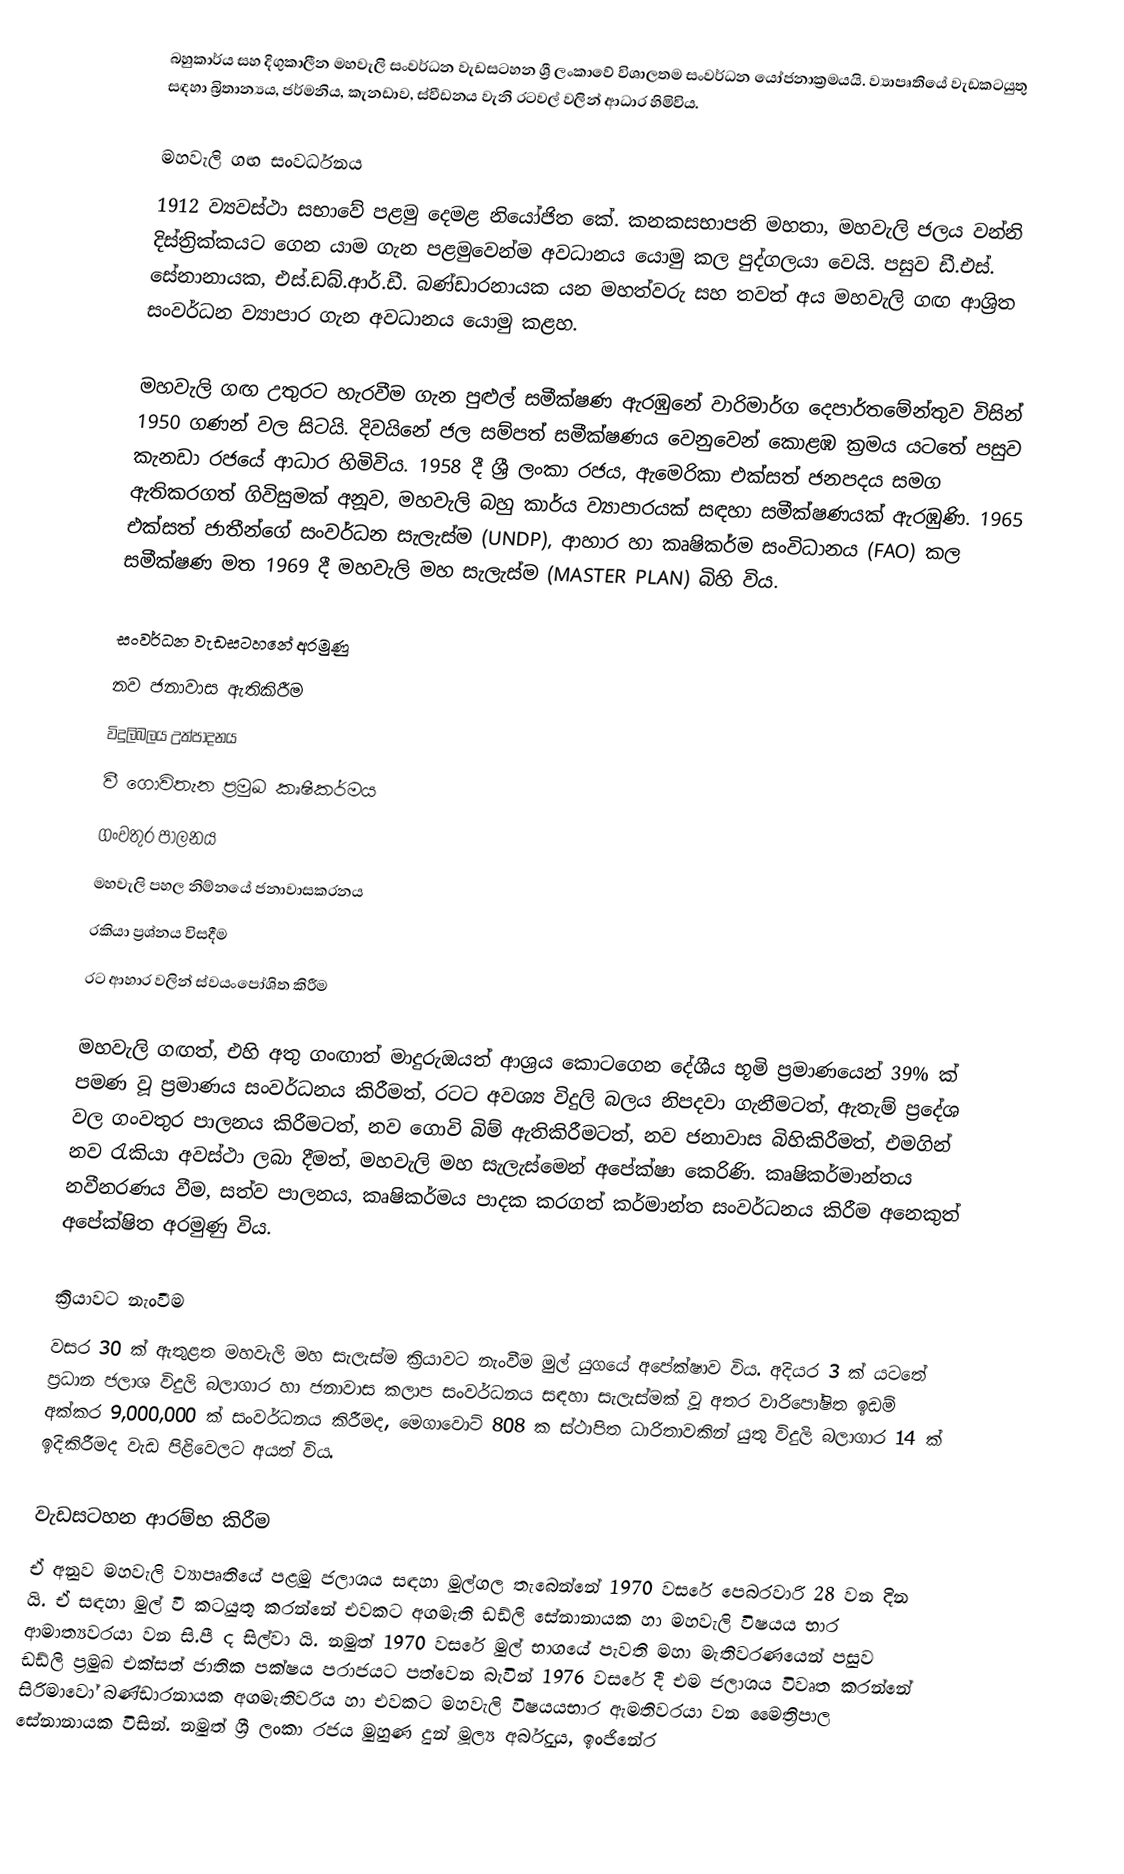
බහුකාර්ය සහ දිගුකාලීන මහවැලි සංවර්ධන වැඩසටහන ශ්‍රී ලංකාවේ විශාලතම සංවර්ධන යෝජනාක්‍රමයයි. ව්‍යාපෘතියේ වැඩකටයුතු සඳහා බ්‍රිතාන්‍යය, ජර්මනිය, කැනඩාව, ස්වීඩනය වැනි රටවල් වලින් ආධාර හිමිවිය.

මහවැලි ගඟ සංවර්ධනය
1912 ව්‍යවස්ථා සභාවේ පළමු දෙමළ නියෝජිත කේ. කනකසභාපති මහතා, මහවැලි ජලය වන්නි දිස්ත්‍රික්කයට ගෙන යාම ගැන පළමුවෙන්ම අවධානය යොමු කල පුද්ගලයා වෙයි. පසුව ඩී.එස්. සේනානායක, එස්.ඩබ්.ආර්.ඩී. බණ්ඩාරනායක යන මහත්වරු සහ තවත් අය මහවැලි ගඟ ආශ්‍රිත සංවර්ධන ව්‍යාපාර ගැන අවධානය යොමු කළහ.

මහවැලි ගඟ උතුරට හැරවීම ගැන පුළුල් සමීක්ෂණ ඇරඹුනේ වාරිමාර්ග දෙපාර්තමේන්තුව විසින් 1950 ගණන් වල සිටයි. දිවයිනේ ජල සම්පත් සමීක්ෂණය වෙනුවෙන් කොළඹ ක්‍රමය යටතේ පසුව කැනඩා රජයේ ආධාර හිමිවිය. 1958 දී ශ්‍රී ලංකා රජය, ඇමෙරිකා එක්සත් ජනපදය සමග ඇතිකරගත් ගිවිසුමක් අනූව, මහවැලි බහු කාර්ය ව්‍යාපාරයක් සඳහා  සමීක්ෂණයක් ඇරඹුණි. 1965 එක්සත් ජාතීන්ගේ සංවර්ධන සැලැස්ම (UNDP), ආහාර හා කෘෂිකර්ම සංවිධානය (FAO) කල සමීක්ෂණ මත 1969 දී මහවැලි මහ සැලැස්ම (MASTER PLAN) බිහි විය.

සංවර්ධන වැඩසටහනේ අරමුණු
 නව ජනාවාස ඇතිකිරීම
 විදුලිබලය උත්පාදනය
 වී ගොවිතැන ප්‍රමුඛ කෘෂීකර්මය
 ගංවතුර පාලනය
 මහවැලි පහල නිම්නයේ ජනාවාසකරනය
 රකියා ප්‍රශ්නය විසදීම
 රට ආහාර වලින් ස්වයංපෝශිත කිරීම

මහවැලි ගඟත්, එහි අතු ගංඟාත් මාදුරුඔයත් ආශ්‍රය කොටගෙන දේශීය භූමි ප්‍රමාණයෙන් 39% ක් පමණ වූ ප්‍රමාණය සංවර්ධනය කිරීමත්, රටට අවශ්‍ය විදුලි බලය නිපදවා ගැනීමටත්, ඇතැම් ප්‍රදේශ වල ගංවතුර පාලනය කිරීමටත්, නව ගොවි බිම් ඇතිකිරීමටත්, නව ජනාවාස බිහිකිරීමත්, එමගින් නව රැකියා අවස්ථා ලබා දීමත්, මහවැලි මහ සැලැස්මෙන් අපේක්ෂා කෙරිණි. කෘෂිකර්මාන්තය නවීනරණය වීම, සත්ව පාලනය, කෘෂිකර්මය පාදක කරගත් කර්මාන්ත සංවර්ධනය කිරීම අනෙකුත් අපේක්ෂිත අරමුණු විය.

ක්‍රියාවට නැංවීම
වසර 30 ක් ඇතුළත මහවැලි මහ සැලැස්ම ක්‍රියාවට නැංවීම මුල් යුගයේ අපේක්ෂාව විය. අදියර 3 ක් යටතේ ප්‍රධාන ජලාශ විදුලි බලාගාර හා ජනාවාස කලාප සංවර්ධනය සඳහා සැලැස්මක් වූ අතර වාරිපෝෂිත ඉඩම් අක්කර 9,000,000 ක් සංවර්ධනය කිරීමද, මෙගාවොට් 808 ක ස්ථාපිත ධාරිතාවකින් යුතු විදුලි බලාගාර 14 ක් ඉදිකිරීමද වැඩ පිළිවෙලට අයත් විය.

වැඩසටහන ආරම්භ කිරීම
ඒ අනුව මහවැලි ව්‍යාපෘතියේ පළමු ජලාශය සඳහා මුල්ගල තැබෙන්නේ 1970 වසරේ පෙබරවාරි 28 වන දින යි. ඒ සඳහා මුල් වී කටයුතු කරන්නේ එවකට අගමැති ඩඩ්ලි සේනානායක හා මහවැලි විෂයය භාර ආමාත්‍යවරයා වන සි.පී ද සිල්වා යි. නමුත් 1970 වසරේ මුල් භාගයේ පැවති මහා මැතිවරණයෙන් පසුව ඩඩ්ලි ප්‍රමුඛ එක්සත් ජාතික පක්ෂය පරාජයට පත්වෙන බැවින් 1976 වසරේ දී එම ජලාශය විවෘත කරන්නේ සිරිමාවෝ බණ්ඩාරනායක අගමැතිවරිය හා එවකට මහවැලි විෂයයභාර ඇමතිවරයා වන මෛත්‍රිපාල සේනානායක විසින්. නමුත් ශ්‍රී ලංකා රජය මුහුණ දුන් මූල්‍ය අර්බුදය, ඉංජිනේර